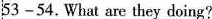
53—54. What are they doing?